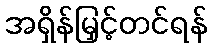
အရှိန်မြှင့်တင်ရန်